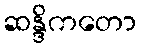
ဆန္ဒိကတော